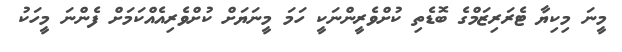
މީނަ މިކިޔާ ޓެރަރިޒަމްގެ ބޮޑެތި ކުށްވެރީންނަކީ ހަމަ މީނަޔަށް ކުށްވެރިއެއްކަމަށް ފެންނަ މީހަކު